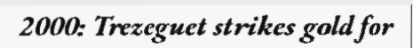
2000: Trezeguet strikes gold for